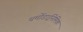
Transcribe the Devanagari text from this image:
थर्मोडाईनेमिक